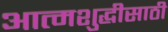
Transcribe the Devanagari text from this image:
आत्मशुद्धीसाठी